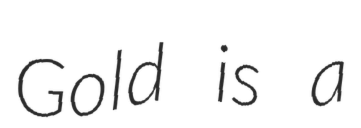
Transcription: Gold is a